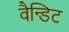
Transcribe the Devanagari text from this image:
वैन्डिट